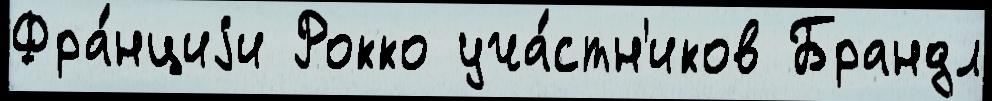
Фра́нциjи Рокко уча́стн'иков Брандл